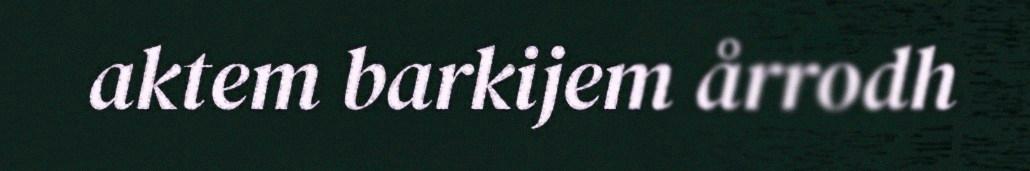
aktem barkijem årrodh